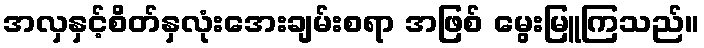
အလှနှင့်စိတ်နှလုံးအေးချမ်းစရာ အဖြစ် မွေးမြူကြသည်။